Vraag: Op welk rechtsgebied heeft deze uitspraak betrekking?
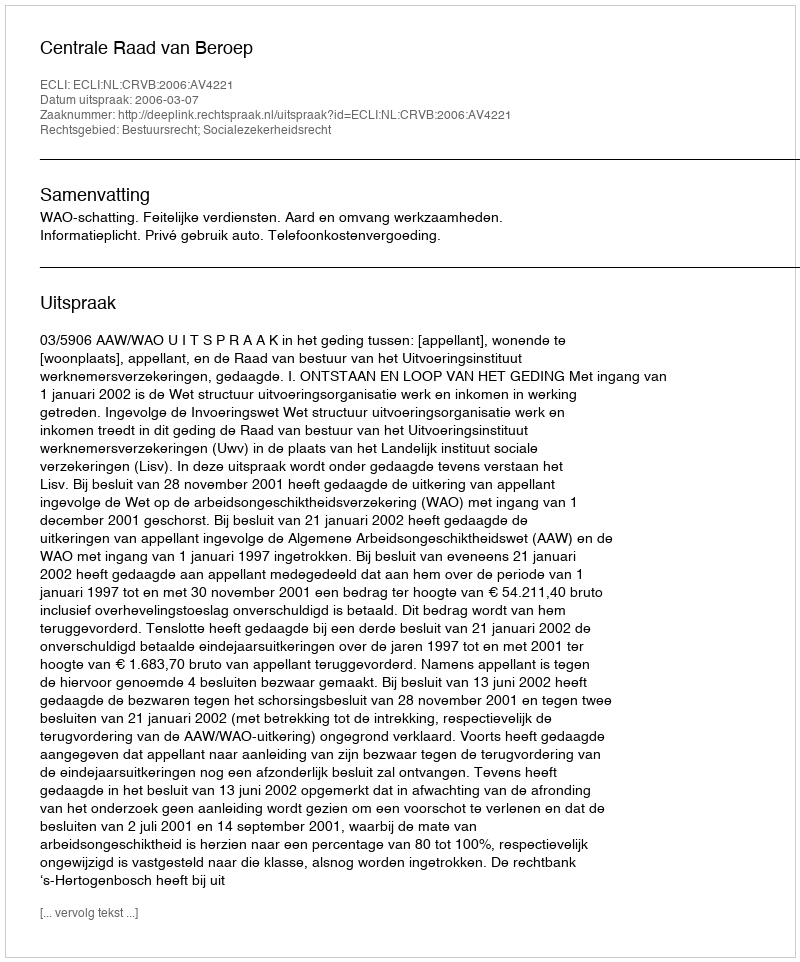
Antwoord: Bestuursrecht; Socialezekerheidsrecht